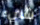
شيء